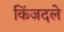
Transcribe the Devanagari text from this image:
किंजदले